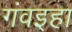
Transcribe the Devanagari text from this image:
गंवइहा